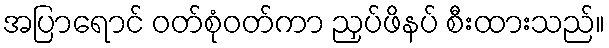
အပြာရောင် ဝတ်စုံဝတ်ကာ ညှပ်ဖိနပ် စီးထားသည်။